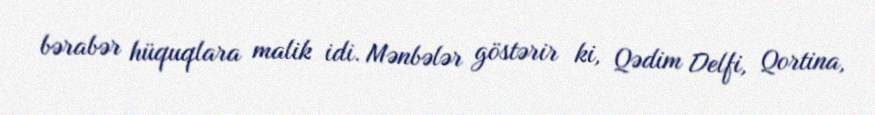
bərabər hüquqlara malik idi. Mənbələr göstərir ki, Qədim Delfi, Qortina,